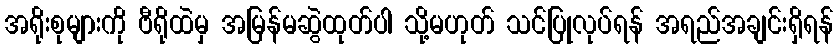
အရိုးစုများကို ဗီရိုထဲမှ အမြန်မဆွဲထုတ်ပါ သို့မဟုတ် သင်ပြုလုပ်ရန် အရည်အချင်းရှိရန်